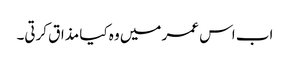
اب اس عمر میں وہ کیا مذاق کرتی۔